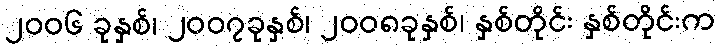
၂၀၀၆ ခုနှစ်၊ ၂၀၀၇ခုနှစ်၊ ၂၀၀၈ခုနှစ်၊ နှစ်တိုင်း နှစ်တိုင်းက